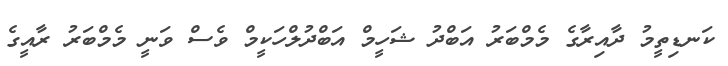
ކަނޑިތީމު ދާއިރާގެ މެމްބަރު އަބްދު ޝަހީމް އަބްދުލްހަކީމް ވެސް ވަނީ މެމްބަރު ރާއީގެ